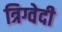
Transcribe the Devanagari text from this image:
त्रिग्वेदी